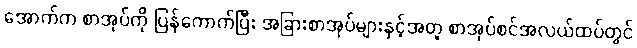
အောက်က စာအုပ်ကို ပြန်ကောက်ပြီး အခြားစာအုပ်များနှင့်အတူ စာအုပ်စင်အလယ်ထပ်တွင်